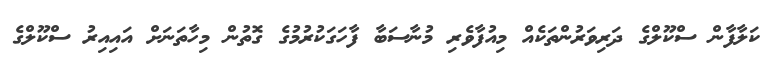
ކަލާފާން ސްކޫލްގެ ދަރިވަރުންތަކެއް މިއުފާވެރި މުނާސަބާ ފާހަގަކުރުމުގެ ގޮތުން މިހާތަނަށް އައިއިރު ސްކޫލްގެ